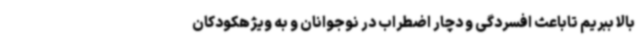
بالا ببریم تاباعث افسردگی و دچار اضطراب در نوجوانان و به ویژهکودکان